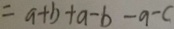
= a + b + a - b - a - c